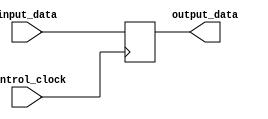
module Flip_Flop(
	input 											 						input_data,
	input 										  						control_clock,
	output reg 															  output_data
	);

	always@(posedge control_clock) begin
		output_data <= input_data;
	end
	
endmodule